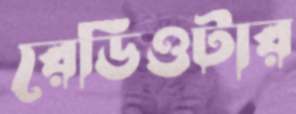
রেডিওটার